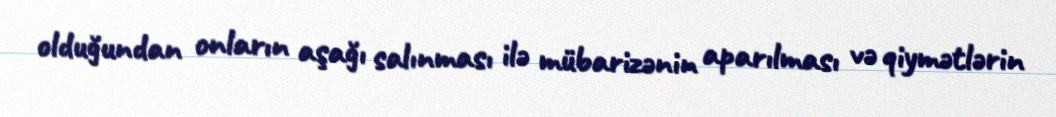
olduğundan onların aşağı salınması ilə mübarizənin aparılması və qiymətlərin